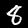
Label: 8